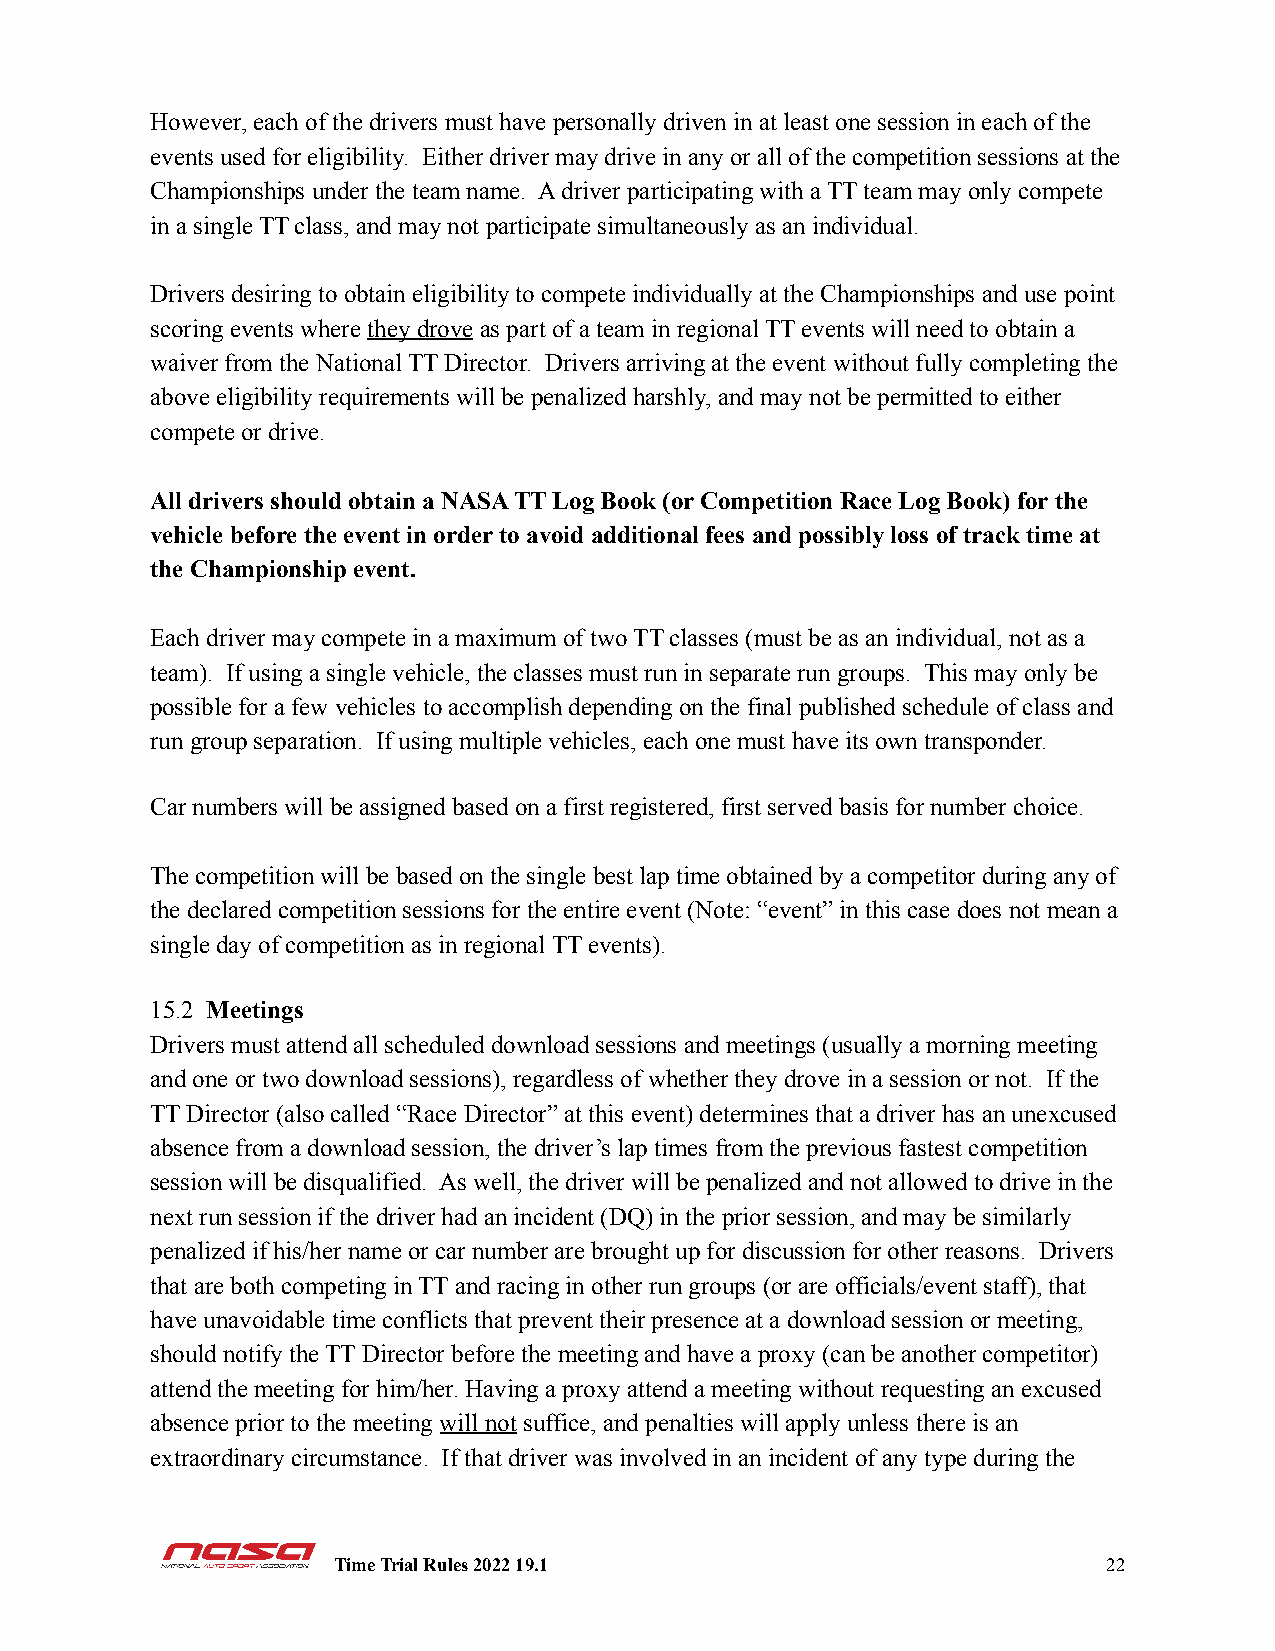
However, each of the drivers must have personally driven in at least one session in each of the
 events used for eligibility. Either driver may drive in any or all of the competition sessions at the
 Championships under the team name. A driver participating with a TT team may only compete
 in a single TT class, and may not participate simultaneously as an individual.
 Drivers desiring to obtain eligibility to compete individually at the Championships and use point
 scoring events wherethey droveas part of a team in regional TT events will need to obtain a
 waiver from the National TT Director. Drivers arriving at the event without fully completing the
 above eligibility requirements will be penalized harshly, and may not be permitted to either
 compete or drive.
 All drivers should obtain a NASA TT Log Book (or Competition Race Log Book) for the
 vehicle before the event in order to avoid additional fees and possibly loss of track time at
 the Championship event.
 Each driver may compete in a maximum of two TT classes (must be as an individual, not as a
 team). If using a single vehicle, the classes must run in separate run groups. This may only be
 possible for a few vehicles to accomplish depending on the final published schedule of class and
 run group separation. If using multiple vehicles, each one must have its own transponder.
 Car numbers will be assigned based on a first registered, first served basis for number choice.
 The competition will be based on the single best lap time obtained by a competitor during any of
 the declared competition sessions for the entire event (Note: “event” in this case does not mean a
 single day of competition as in regional TT events).
 15.2 Meetings
 Drivers must attend all scheduled download sessions and meetings (usually a morning meeting
 and one or two download sessions), regardless of whether they drove in a session or not. If the
 TT Director (also called “Race Director” at this event) determines that a driver has an unexcused
 absence from a download session, the driver’s lap times from the previous fastest competition
 session will be disqualified. As well, the driver will be penalized and not allowed to drive in the
 next run session if the driver had an incident (DQ) in the prior session, and may be similarly
 penalized if his/her name or car number are brought up for discussion for other reasons. Drivers
 that are both competing in TT and racing in other run groups (or are officials/event staff), that
 have unavoidable time conflicts that prevent their presence at a download session or meeting,
 should notify the TT Director before the meeting and have a proxy (can be another competitor)
 attend the meeting for him/her. Having a proxy attend a meeting without requesting an excused
 absence prior to the meeting will notsuffice, andpenalties will apply unless there is an
 extraordinary circumstance. If that driver was involved in an incident of any type during the
 Time Trial Rules 2022 19.1                         22